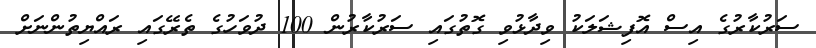
ސަރުކާރުގެ އިސް އޮފިޝަލަކު ވިދާޅުވި ގޮތުގައި ސަރުކާރުން 100 ދުވަހުގެ ތެރޭގައި ރައްޔިތުންނަށް